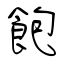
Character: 飽